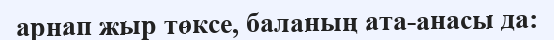
арнап жыр төксе, баланың ата-анасы да: